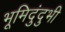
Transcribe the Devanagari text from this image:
भूमिदुंदुभी